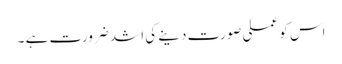
اس کو عملی صورت دینے کی اشد ضرورت ہے ۔